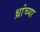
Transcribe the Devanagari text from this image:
ध्रांच्या